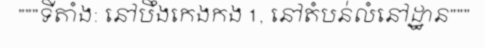
"""ទីតាំង: នៅបឹងកេងកង 1, នៅតំបន់លំនៅដ្ឋាន"""